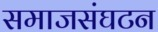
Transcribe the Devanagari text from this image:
समाजसंघटन